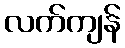
လက်ကျန်